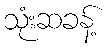
သုံးဆခန့်